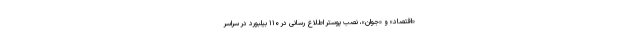
«اقتصاد» و «جوان»، نصب پوستر اطلاع رسانی در ۱۱۰ بیلبورد در سراسر